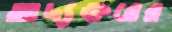
আদ্যক্ষরের